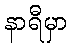
နာရီမှာ